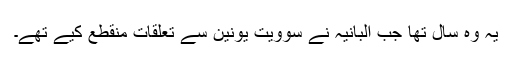
یہ وہ سال تھا جب البانیہ نے سوویت یونین سے تعلقات منقطع کیے تھے۔